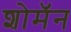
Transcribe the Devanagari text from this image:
शोमॅन